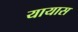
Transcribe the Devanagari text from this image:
यायास